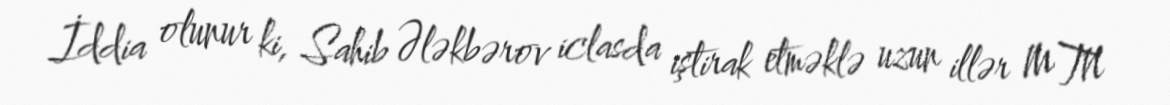
İddia olunur ki, Sahib Ələkbərov iclasda iştirak etməklə uzun illər MTN